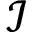
\mathcal { I }